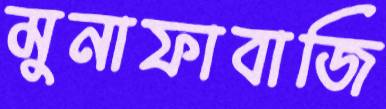
মুনাফাবাজি